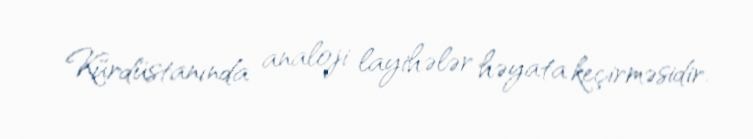
Kürdüstanında analoji layihələr həyata keçirməsidir.